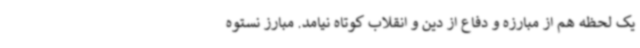
یک لحظه هم از مبارزه و دفاع از دین و انقلاب کوتاه نیامد. مبارز نستوه